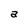
Character: a